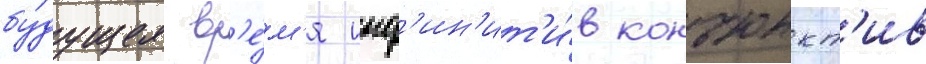
бу́дущее вр'е́м'я инф'ин'ит'и́в конъюнкт'ив